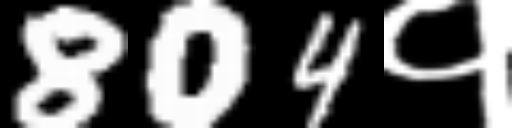
Text: 804१